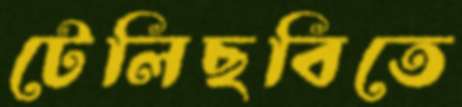
টেলিছবিতে